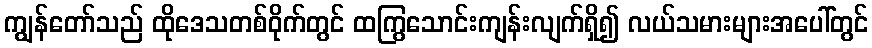
ကျွန်တော်သည် ထိုဒေသတစ်ဝိုက်တွင် ထကြွသောင်းကျန်းလျက်ရှိ၍ လယ်သမားများအပေါ်တွင်